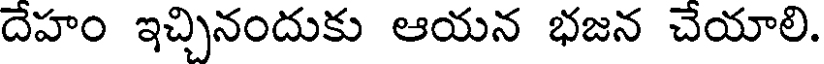
దేహం ఇచ్చినందుకు ఆయన భజన చేయాలి.